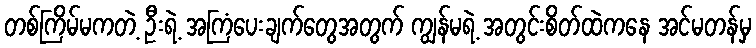
တစ်ကြိမ်မကတဲ့ ဦးရဲ့ အကြံပေးချက်တွေအတွက် ကျွန်မရဲ့ အတွင်းစိတ်ထဲကနေ အင်မတန်မှ